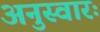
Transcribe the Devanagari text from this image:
अनुस्वारः